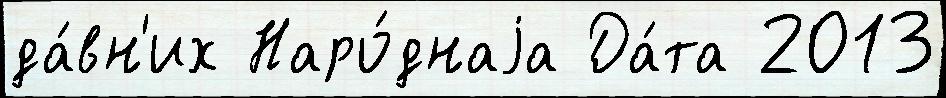
да́вн'их Наро́днаjа Да́та 2013